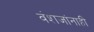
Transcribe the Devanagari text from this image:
वंशजांनाही